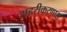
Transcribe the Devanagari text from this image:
शहरीकरणास